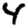
Digit: 4